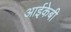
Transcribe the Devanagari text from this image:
आईकेबी